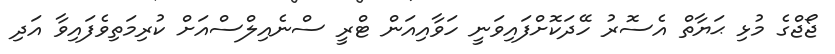
ޖޯޖްގެ މުޅި ޙަޔާތް އެސޮރު ހޭދަކޮށްފައިވަނީ ހަވާއިއަން ޓްރީ ސްނެއިލްސްއަށް ކުރިމަތިވެފައިވާ އަދި